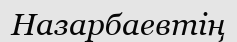
Назарбаевтің